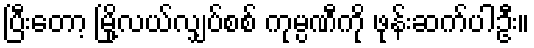
ပြီးတော့ မြို့လယ်လျှပ်စစ် ကုမ္ပဏီကို ဖုန်းဆက်ပါဦး။